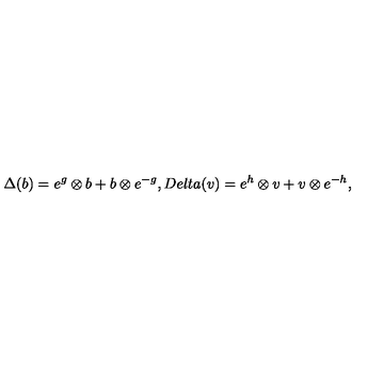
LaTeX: \Delta ( b ) = e ^ { g } \otimes b + b \otimes e ^ { - g } , D e l t a ( v ) = e ^ { h } \otimes v + v \otimes e ^ { - h } ,